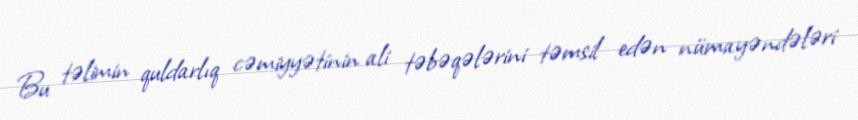
Bu təlimin quldarlıq cəmiyyətinin ali təbəqələrini təmsil edən nümayəndələri